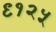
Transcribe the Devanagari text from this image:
९१२५